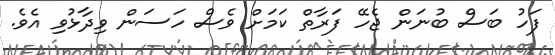
ފަހު ބަސް ބުނަން ޖެހޭ ފަރާތް ކަމަށް ވެސް ހަސަން ވިދާޅުވި އެވެ.